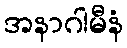
အနာဂါမီနံ